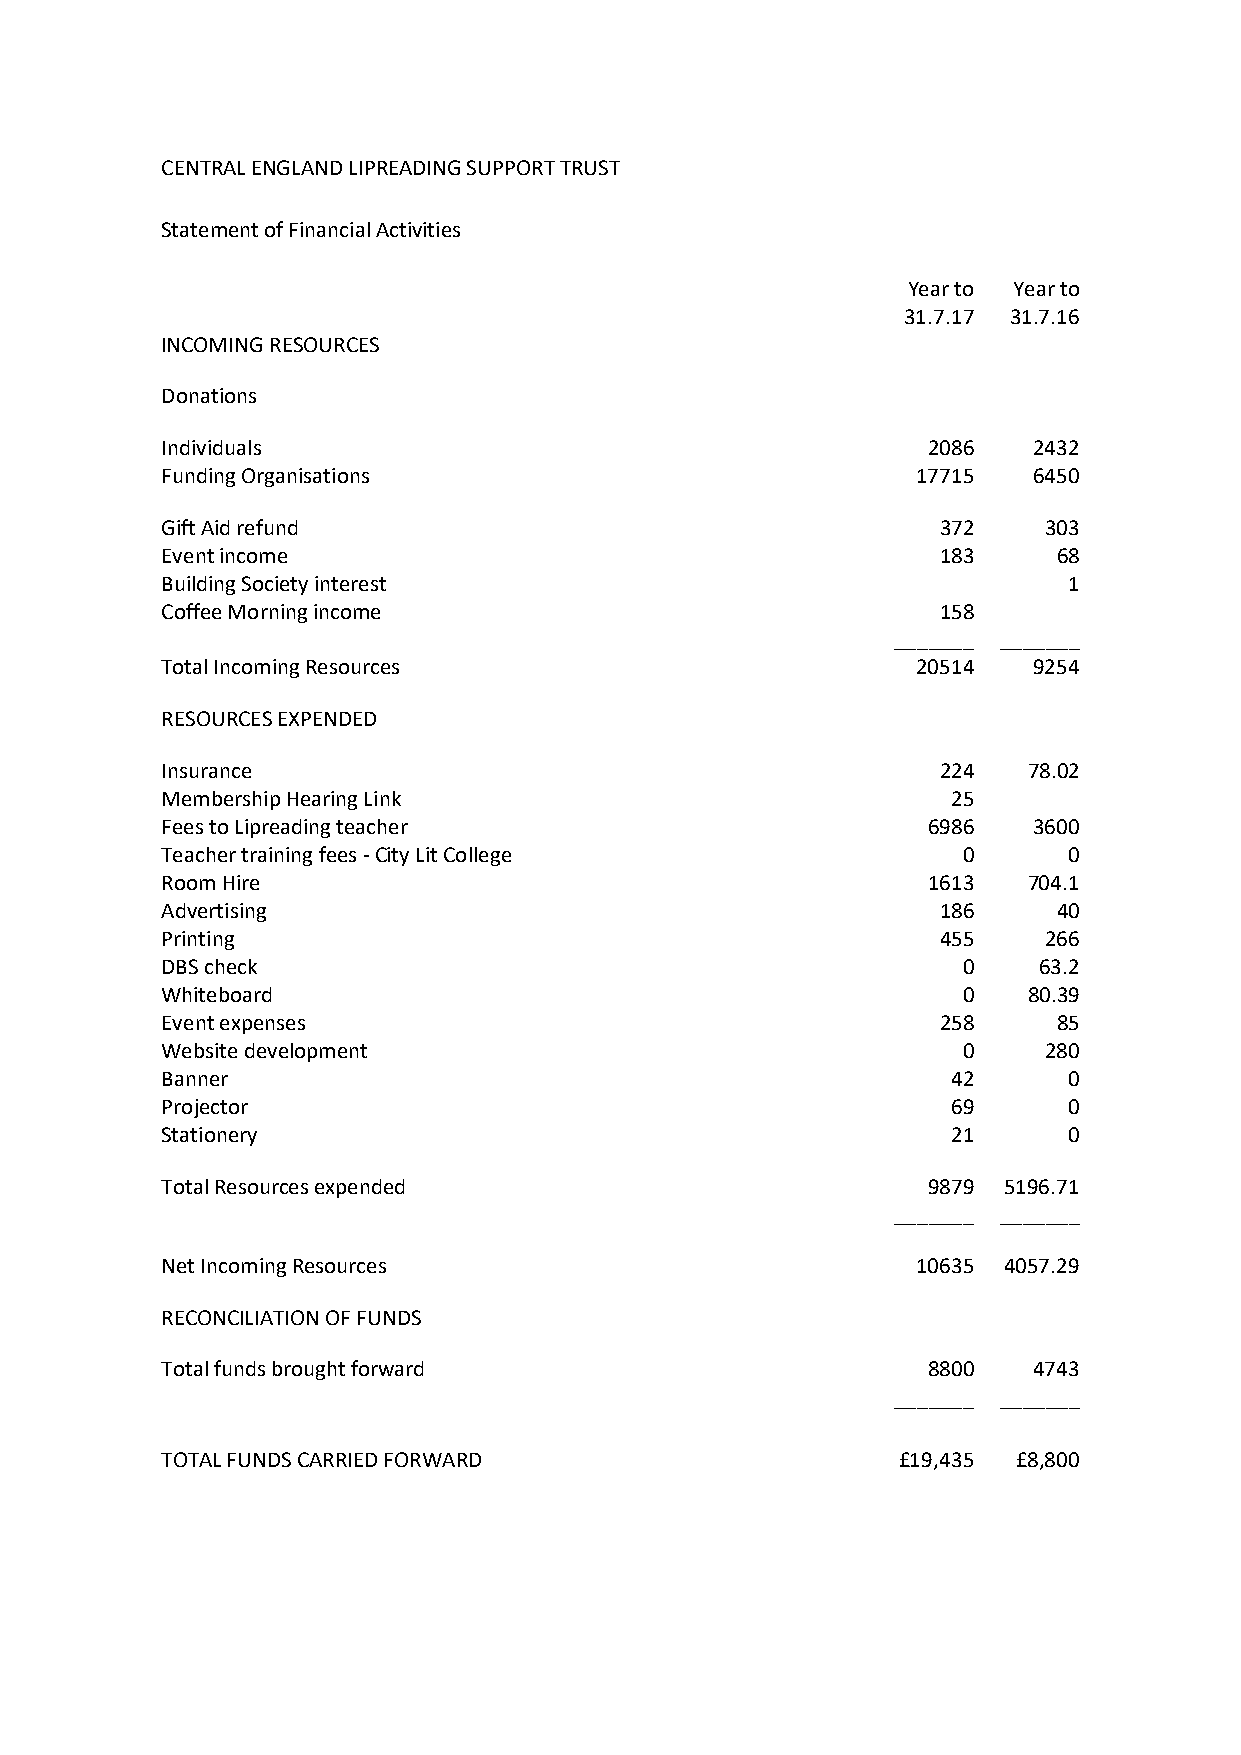
CENTRAL ENGLAND LIPREADING SUPPORT TRUST
 Statement of Financial Activities
 Year to Year to
 31.7.17 31.7.16
 INCOMING RESOURCES
 Donations
 Individuals                                       2086   2432
 Funding Organisations                             17715  6450
 Gift Aid refund                                    372    303
 Event income                                       183     68
 Building Society interest                                   1
 Coffee Morning income                              158
 _______ _______
 Total Incoming Resources                          20514  9254
 RESOURCES EXPENDED
 Insurance                                          224   78.02
 Membership Hearing Link                             25
 Fees to Lipreading teacher                        6986   3600
 Teacher training fees - City Lit College             0      0
 Room Hire                                         1613   704.1
 Advertising                                        186     40
 Printing                                           455    266
 DBS check                                            0    63.2
 Whiteboard                                           0   80.39
 Event expenses                                     258     85
 Website development                                  0    280
 Banner                                              42      0
 Projector                                           69      0
 Stationery                                          21      0
 Total Resources expended                          9879 5196.71
 _______ _______
 Net Incoming Resources                            10635 4057.29
 RECONCILIATION OF FUNDS
 Total funds brought forward                       8800   4743
 _______ _______
 TOTAL FUNDS CARRIED FORWARD                     £19,435 £8,800